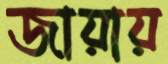
জায়ায়